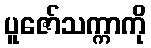
ပူဇော်သက္ကာကို